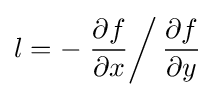
l=-\left.{\frac {\partial f}{\partial x}}\right/{\frac {\partial f}{\partial y}}